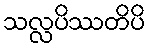
သလ္လပိဿတိပိ